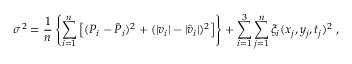
\sigma ^ { 2 } = \frac { 1 } { n } \left\{ \sum _ { i = 1 } ^ { n } \left[ ( P _ { i } - \hat { P } _ { i } ) ^ { 2 } + ( | v _ { i } | - | \hat { v } _ { i } | ) ^ { 2 } \right] \right\} + \sum _ { i = 1 } ^ { 3 } \sum _ { j = 1 } ^ { n } \xi _ { i } ( x _ { j } , y _ { j } , t _ { j } ) ^ { 2 } \; ,